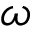
\omega